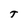
Character: T